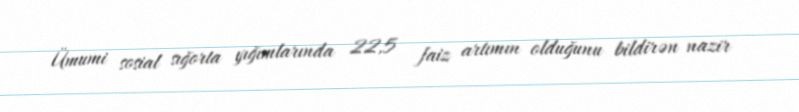
Ümumi sosial sığorta yığımlarında 22,5 faiz artımın olduğunu bildirən nazir